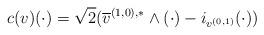
LaTeX: \begin{align*} c(v)(\cdot)=\sqrt{2}(\overline v^{(1,0),*}\wedge(\cdot)-i_{v^{(0,1)}}(\cdot))\end{align*}